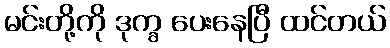
မင်းတို့ကို ဒုက္ခ ပေးနေပြီ ထင်တယ်